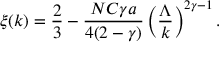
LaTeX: \xi ( k ) = \frac { 2 } { 3 } - \frac { N C \gamma a } { 4 ( 2 - \gamma ) } \left( \frac { \Lambda } { k } \right) ^ { 2 \gamma - 1 } .